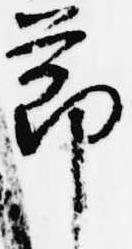
節